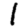
Digit: 1